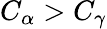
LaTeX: C_{\alpha}>C_{\gamma}